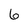
Character: 6